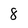
Character: 8